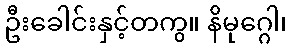
ဦးခေါင်းနှင့်တကွ။ နိမုဂ္ဂေါ၊